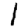
Digit: 1